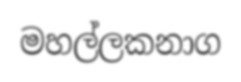
මහල්ලකනාග